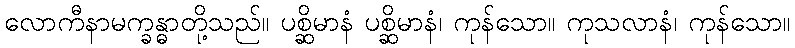
လောကီနာမက္ခန္ဓာတို့သည်။ ပစ္ဆိမာနံ ပစ္ဆိမာနံ၊ ကုန်သော။ ကုသလာနံ၊ ကုန်သော။